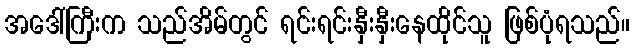
အဒေါ်ကြီးက သည်အိမ်တွင် ရင်းရင်းနှီးနှီးနေထိုင်သူ ဖြစ်ပုံရသည်။